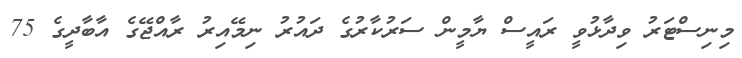
މިނިސްޓަރު ވިދާޅުވީ ރައީސް ޔާމީން ސަރުކާރުގެ ދައުރު ނިމޭއިރު ރާއްޖޭގެ އާބާދީގެ 75